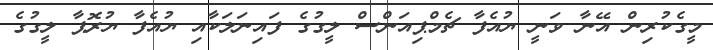
މީގެކުރިން އޭނާ ވަނީ ޔުއެފާ ޗެމްޕިއަންސް ލީގުގެ ފައިނަލަކާއި ޔުއެފާ ޔުރޮޕާ ލީގުގެ